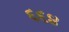
૬૬૪